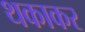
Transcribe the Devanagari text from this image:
थकाकर